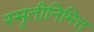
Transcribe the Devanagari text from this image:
स्मृतीनिमित्त